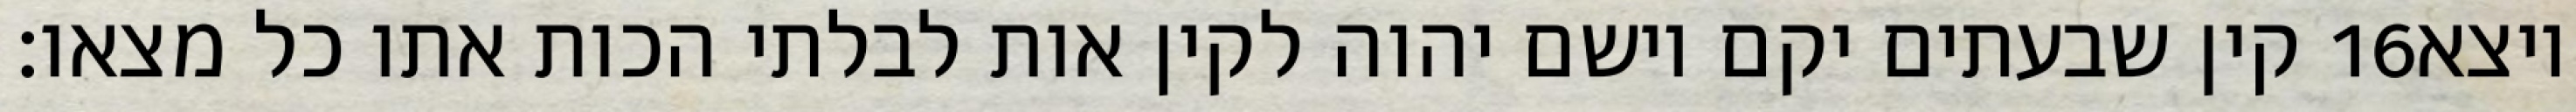
קין שבעתים יקם וישם יהוה לקין אות לבלתי הכות אתו כל מצאו׃ ‎16‏ ויצא